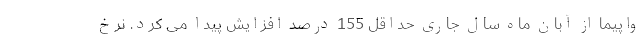
واپیما از آبان ماه سال جاری حداقل 155 درصد افزایش پیدا می کرد. نرخ